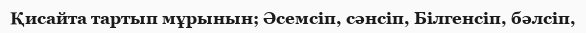
Қисайта тартып мұрынын; Әсемсіп, сәнсіп, Білгенсіп, бәлсіп,